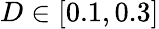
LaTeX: D\in[0.1,0.3]